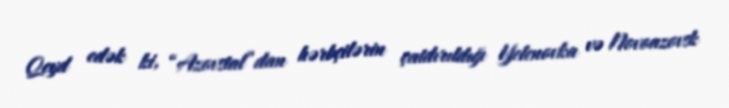
Qeyd edək ki, “Azovstal”dan hərbçilərin çatdırıldığı Yelenovka və Novoazovsk